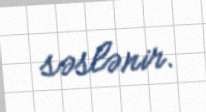
səslənir.